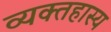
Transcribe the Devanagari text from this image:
व्यक्तहास्य